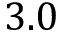
3 . 0